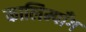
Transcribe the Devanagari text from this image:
कालिम्पाँग